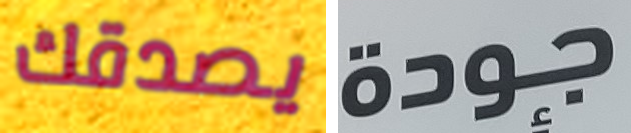
يصدقك جودة